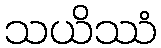
သယိဿံ